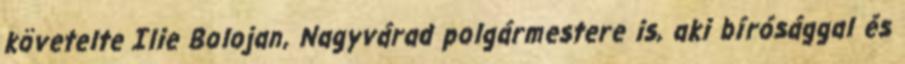
követelte Ilie Bolojan, Nagyvárad polgármestere is, aki bírósággal és